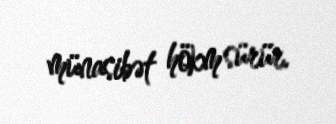
münasibət hökm sürür.